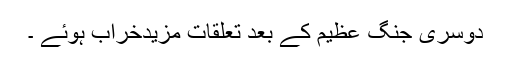
دوسری جنگ عظیم کے بعد تعلقات مزیدخراب ہوئے ۔